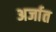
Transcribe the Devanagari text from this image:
अर्जात